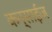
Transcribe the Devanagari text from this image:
कन्साईज